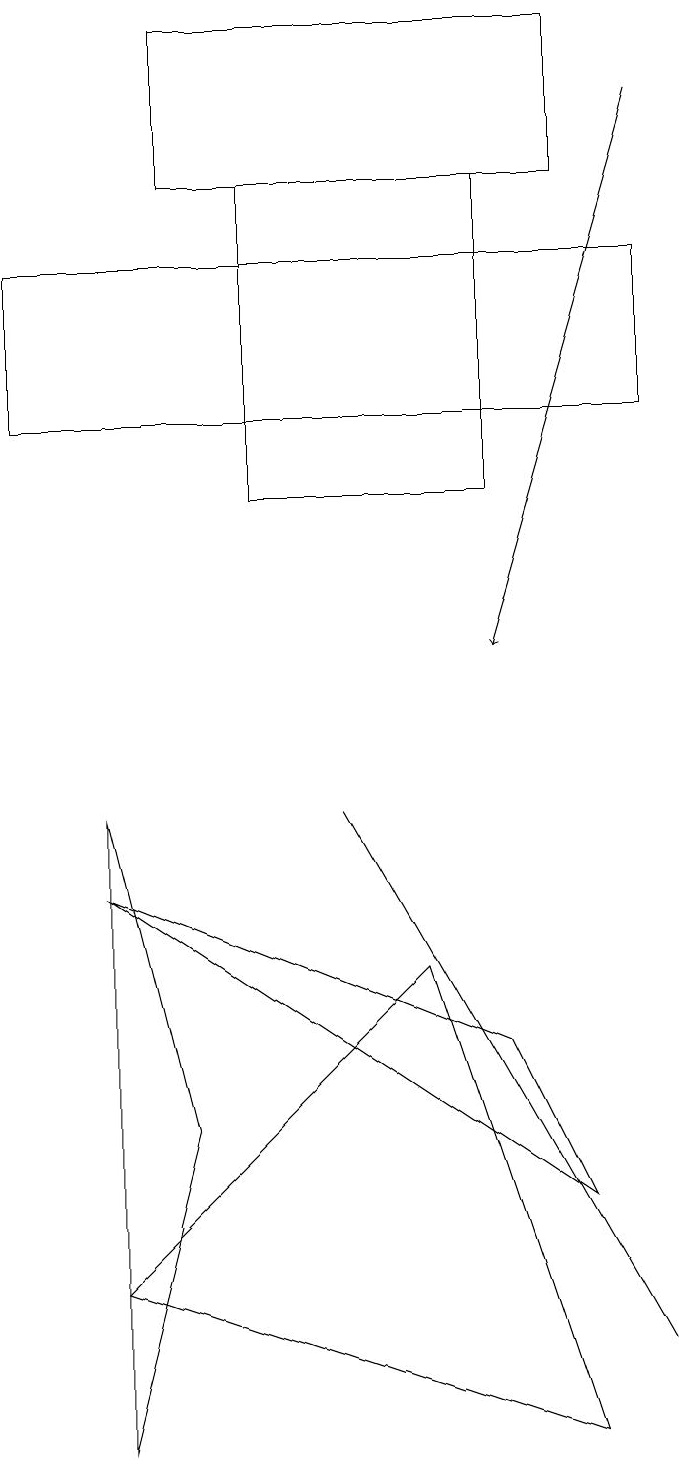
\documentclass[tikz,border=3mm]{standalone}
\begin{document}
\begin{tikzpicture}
\draw (7,17) rectangle (4,13);
\draw[->] (9,18) -- (7,11);
\draw (8,19) rectangle (3,17);
\draw (5,9) -- (5,9) -- (9,2) -- cycle;
\draw (8,4) -- (7,6) -- (2,8) -- cycle;
\draw (1,14) rectangle (9,16);
\draw (2,1) -- (3,5) -- (2,9) -- cycle;
\draw (2,3) -- (6,7) -- (8,1) -- cycle;
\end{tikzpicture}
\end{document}